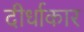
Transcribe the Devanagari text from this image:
दीर्धाकार